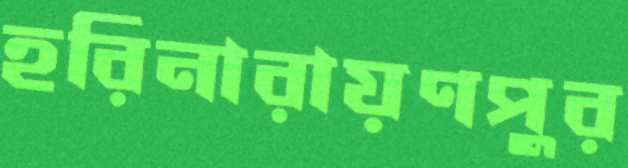
হরিনারায়ণপুর